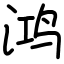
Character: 鸿